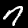
Label: 7